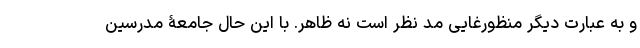
و به عبارت دیگر منظورغایی مد نظر است نه ظاهر. با این حال جامعۀ مدرسین